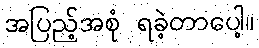
အပြည့်အစုံ ရခဲ့တာပေါ့။